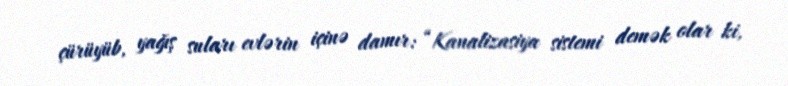
çürüyüb, yağış suları evlərin içinə damır: “Kanalizasiya sistemi demək olar ki,